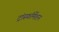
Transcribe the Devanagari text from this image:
ट्रांस्फॉर्मेशन